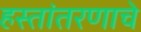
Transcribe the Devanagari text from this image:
हस्तांतरणाचे